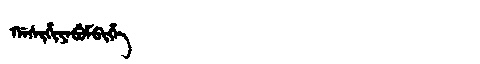
Manchu: ᡤᠠᠰᡳᡥᡳᠶᠠᠪᡠᠮᠪᡳᡥᡝ
Romanization: GASIHIYABUMBIHE